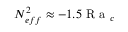
N _ { e f f } ^ { 2 } \approx - 1 . 5 \textrm { R a } _ { c }